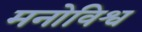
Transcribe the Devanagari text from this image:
मनोविश्व